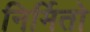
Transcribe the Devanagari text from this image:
निर्मितो